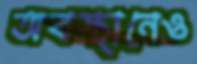
অবস্থানেও